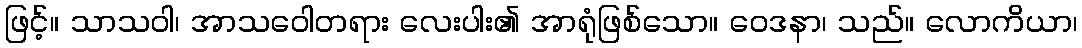
ဖြင့်။ သာသဝါ၊ အာသဝေါတရား လေးပါး၏ အာရုံဖြစ်သော။ ဝေဒနာ၊ သည်။ လောကိယာ၊